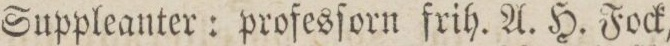
Suppleanter: profesſorn frih. A. H. Fock,